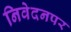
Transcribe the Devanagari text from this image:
निवेदनपर